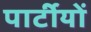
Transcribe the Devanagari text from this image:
पार्टीयों